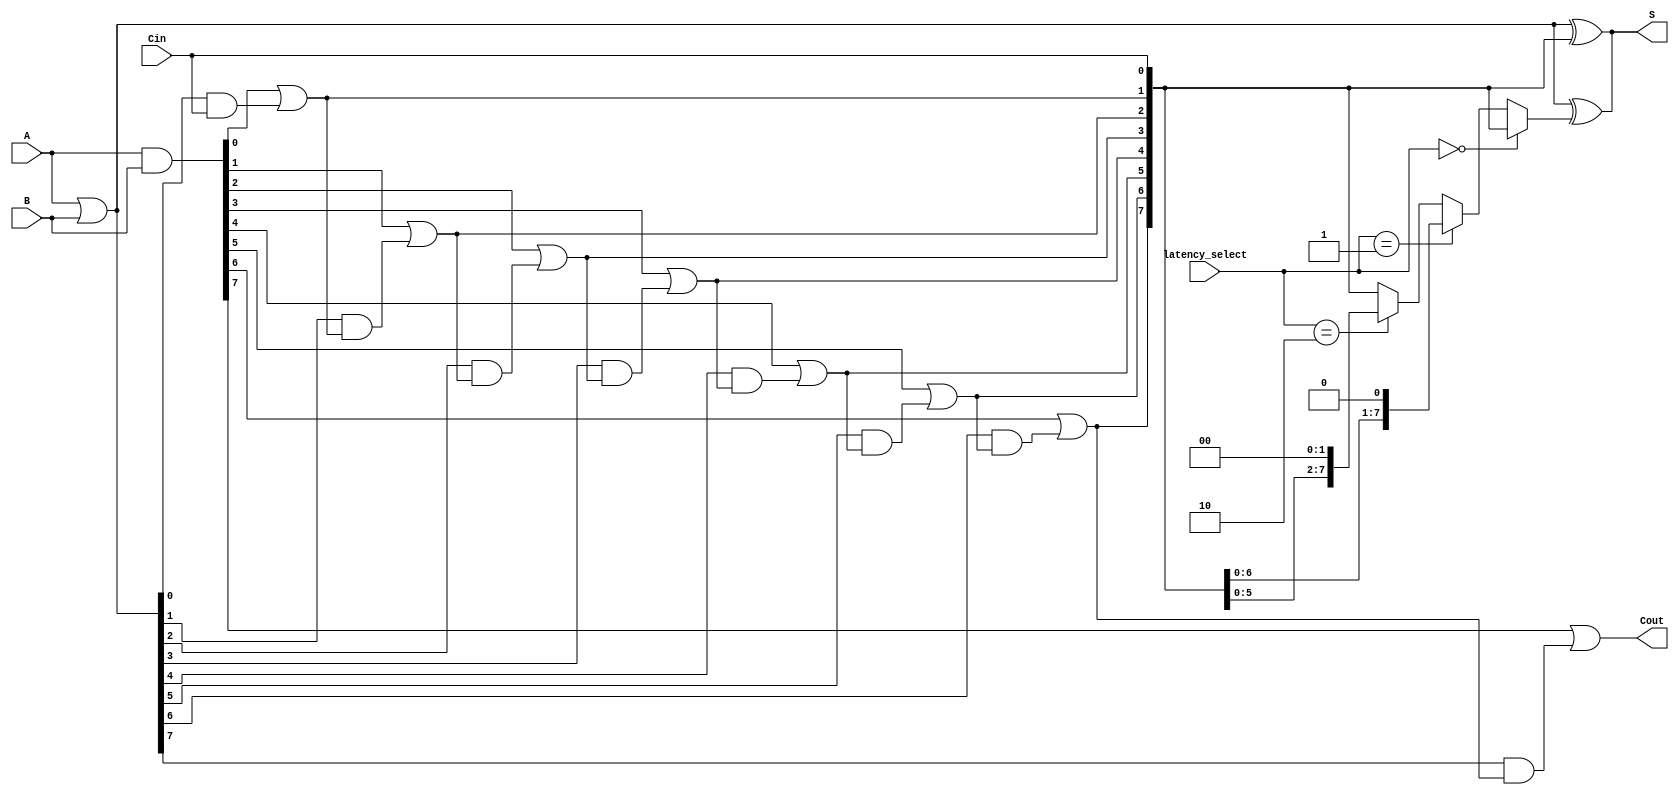
module VariableLatencyCLA #(parameter n = 8) (
    input  wire [n-1:0] A,      // First input
    input  wire [n-1:0] B,      // Second input
    input  wire Cin,             // Carry-in
    input  wire [1:0] latency_select, // Latency select for variable latency
    output wire [n-1:0] S,      // Sum output
    output wire Cout             // Carry-out
);

    // Generate and Propagate signals
    wire [n-1:0] G; // Generate
    wire [n-1:0] P; // Propagate
    wire [n:0] C;   // Carry signals

    // Generate and Propagate calculations
    assign G = A & B;
    assign P = A | B;

    // Carry generation
    assign C[0] = Cin; // Initial carry-in

    // Carry lookahead logic
    genvar i;
    generate
        for (i = 0; i < n; i = i + 1) begin : carry_gen
            if (i == 0) begin
                assign C[i + 1] = G[i] | (P[i] & C[i]);
            end else begin
                assign C[i + 1] = G[i] | (P[i] & C[i]);
            end
        end
    endgenerate

    // Sum calculation
    assign S = P ^ C[n-1:0]; // Sum output

    // Carry-out
    assign Cout = C[n];

    // Variable latency control (example)
    wire [n:0] C_latent; // Latent carry signals based on selected latency
    assign C_latent = (latency_select == 2'b00) ? C : // No latency
                      (latency_select == 2'b01) ? {C[n-1:0], 1'b0} : // 1 cycle latency
                      (latency_select == 2'b10) ? {C[n-2:0], 2'b00} : // 2 cycles latency
                      C; // Default case

    // Adjust sum based on selected latency
    assign S = P ^ C_latent[n-1:0];

endmodule